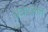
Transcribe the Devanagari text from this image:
अर्धस्नान